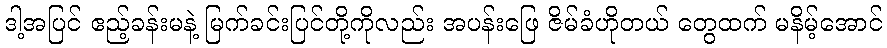
ဒါ့အပြင် ဧည့်ခန်းမနဲ့ မြက်ခင်းပြင်တို့ကိုလည်း အပန်းဖြေ ဇိမ်ခံဟိုတယ် တွေထက် မနိမ့်အောင်